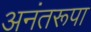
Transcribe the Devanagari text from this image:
अनंतरूपा